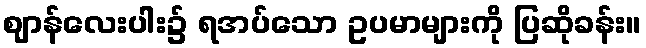
ဈာန်လေးပါး၌ ရအပ်သော ဥပမာများကို ပြဆိုခန်း။